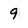
Character: 9